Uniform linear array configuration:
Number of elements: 24
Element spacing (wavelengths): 0.75
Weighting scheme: kaiser
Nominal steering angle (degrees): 30
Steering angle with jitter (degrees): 29.487
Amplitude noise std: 0.05
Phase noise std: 0.05

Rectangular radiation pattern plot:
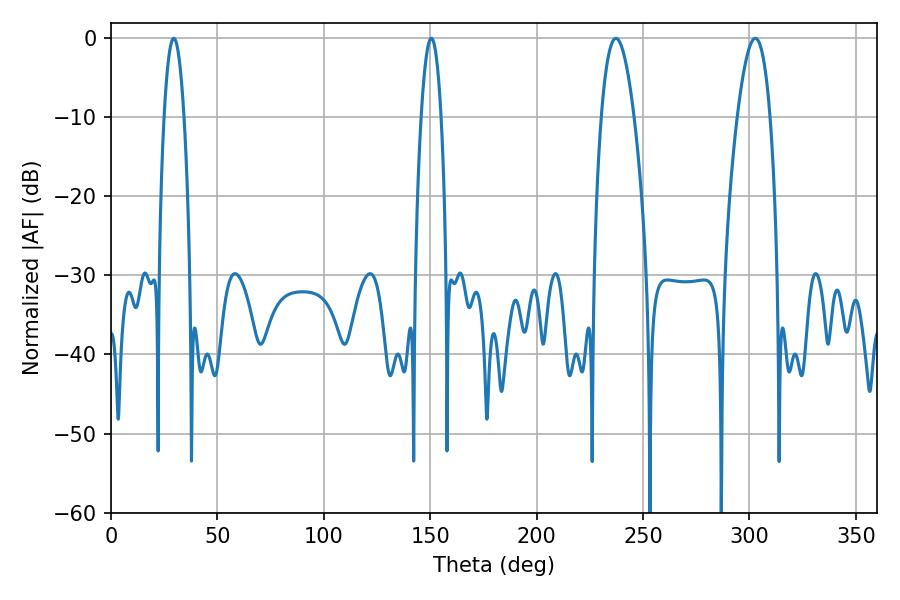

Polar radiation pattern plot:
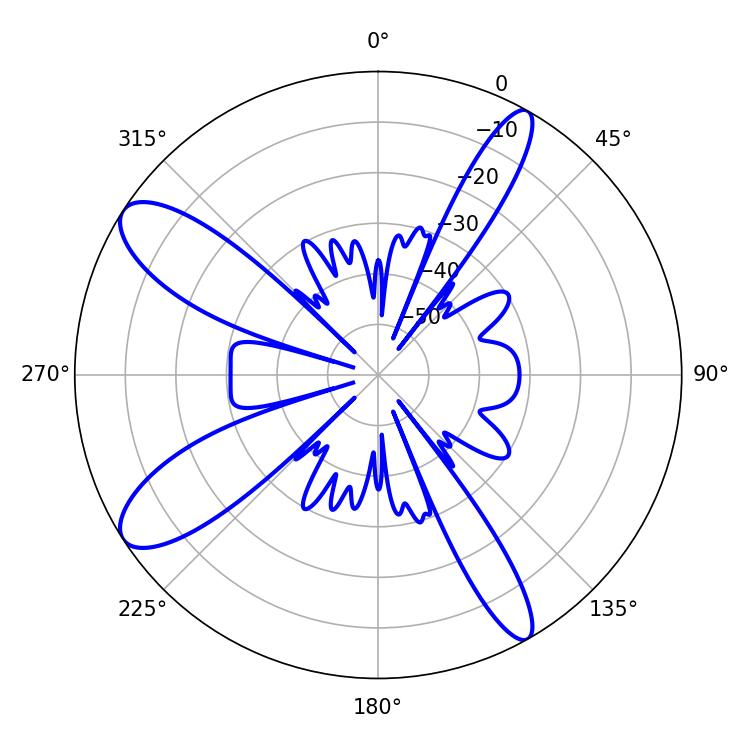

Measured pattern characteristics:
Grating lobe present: TRUE
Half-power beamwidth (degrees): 8.46
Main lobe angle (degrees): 302.76